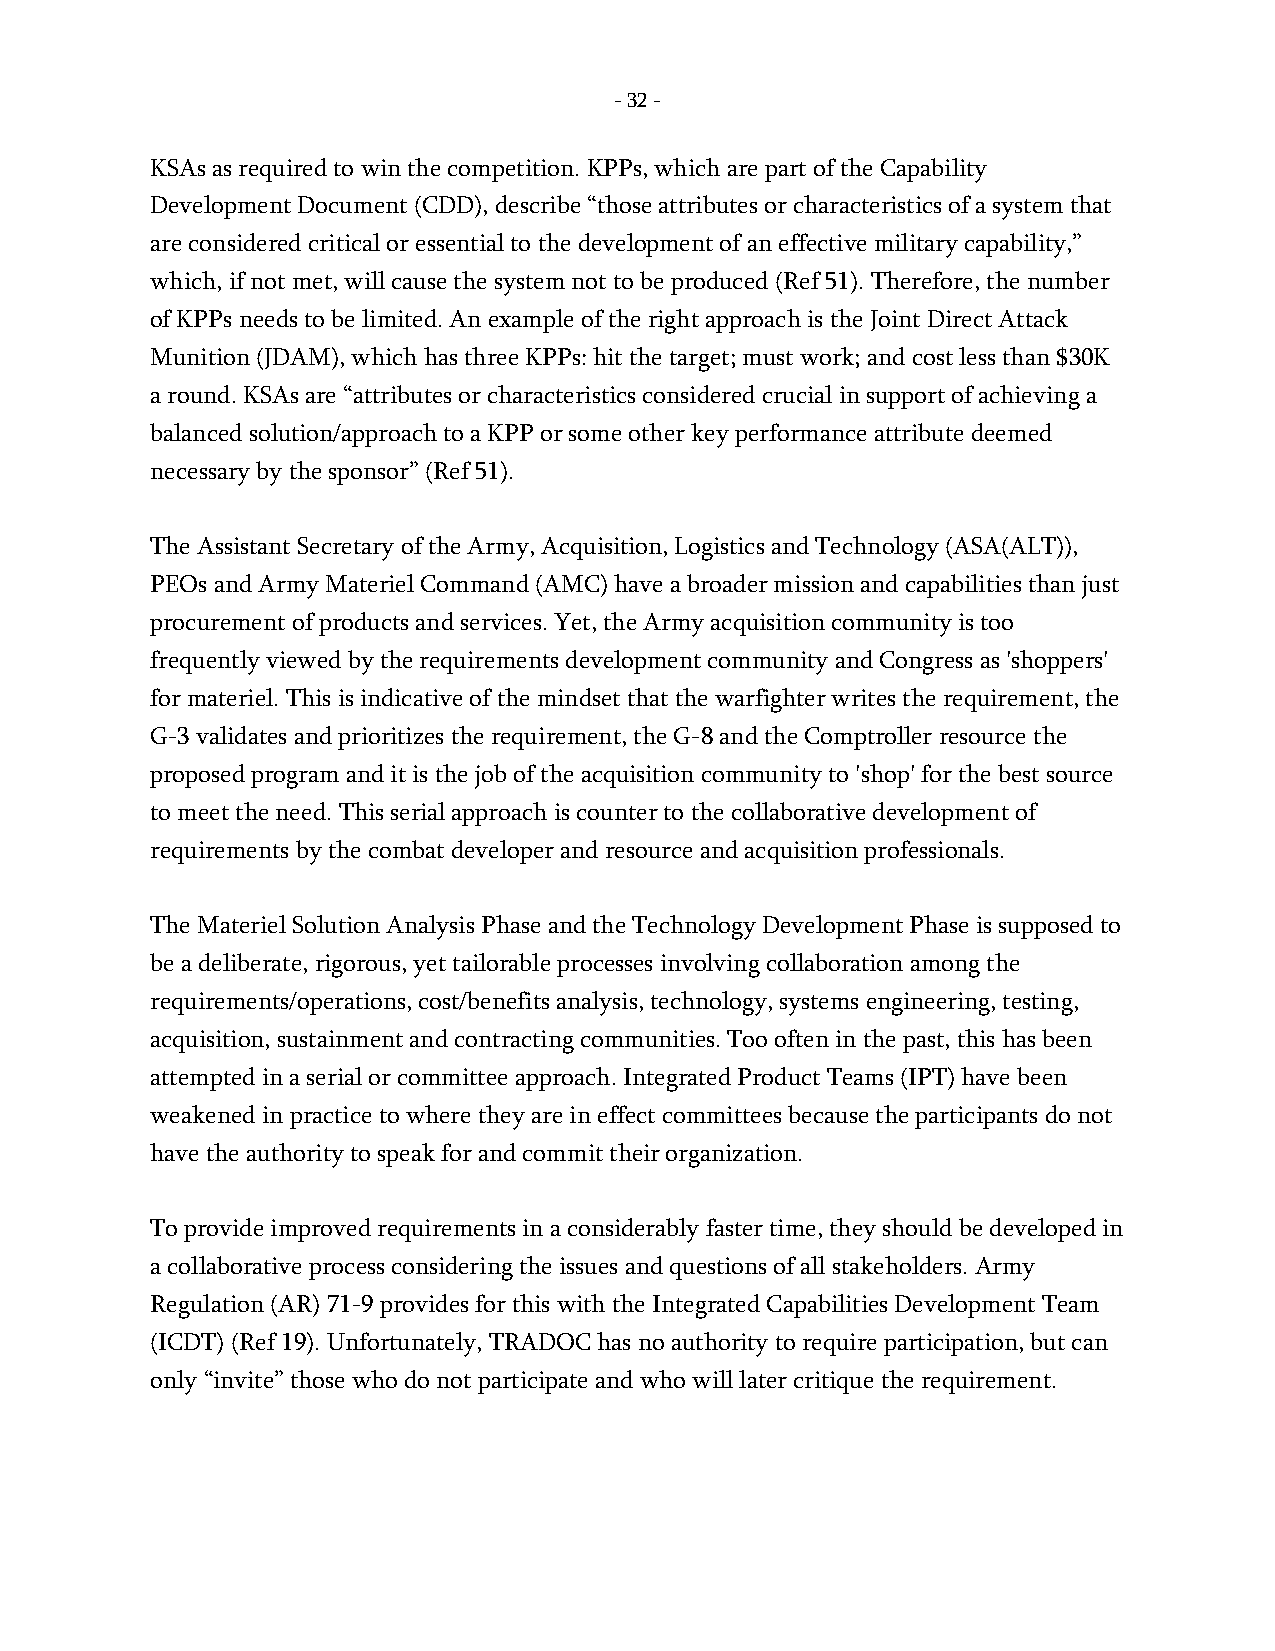
- 32 -
 KSAs as required to win the competition. KPPs, which are part of the Capability
 Development Document (CDD), describe “those attributes or characteristics of a system that
 are considered critical or essential to the development of an effective military capability,”
 which, if not met, will cause the system not to be produced (Ref 51). Therefore, the number
 of KPPs needs to be limited. An example of the right approach is the Joint Direct Attack
 Munition (JDAM), which has three KPPs: hit the target; must work; and cost less than $30K
 a round. KSAs are “attributes or characteristics considered crucial in support of achieving a
 balanced solution/approach to a KPP or some other key performance attribute deemed
 necessary by the sponsor” (Ref 51).
 The Assistant Secretary of the Army, Acquisition, Logistics and Technology (ASA(ALT)),
 PEOs and Army Materiel Command (AMC) have a broader mission and capabilities than just
 procurement of products and services. Yet, the Army acquisition community is too
 frequently viewed by the requirements development community and Congress as 'shoppers'
 for materiel. This is indicative of the mindset that the warfighter writes the requirement, the
 G-3 validates and prioritizes the requirement, the G-8 and the Comptroller resource the
 proposed program and it is the job of the acquisition community to 'shop' for the best source
 to meet the need. This serial approach is counter to the collaborative development of
 requirements by the combat developer and resource and acquisition professionals.
 The Materiel Solution Analysis Phase and the Technology Development Phase is supposed to
 be a deliberate, rigorous, yet tailorable processes involving collaboration among the
 requirements/operations, cost/benefits analysis, technology, systems engineering, testing,
 acquisition, sustainment and contracting communities. Too often in the past, this has been
 attempted in a serial or committee approach. Integrated Product Teams (IPT) have been
 weakened in practice to where they are in effect committees because the participants do not
 have the authority to speak for and commit their organization.
 To provide improved requirements in a considerably faster time, they should be developed in
 a collaborative process considering the issues and questions of all stakeholders. Army
 Regulation (AR) 71-9 provides for this with the Integrated Capabilities Development Team
 (ICDT) (Ref 19). Unfortunately, TRADOC has no authority to require participation, but can
 only “invite” those who do not participate and who will later critique the requirement.
 -
 32
 -